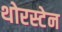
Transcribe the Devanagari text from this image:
थोरस्टेन